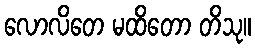
လောလိတေ မထိတော တိသု။